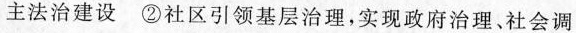
主法治建设②社区引领基层治理，实现政府治理、社会调